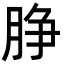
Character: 㬹